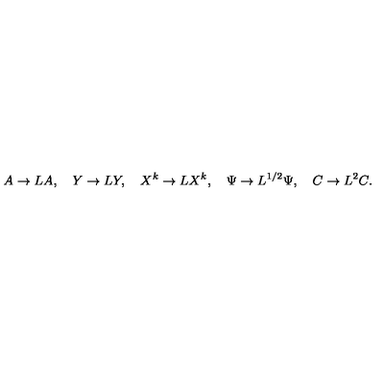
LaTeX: A \to L A , \quad Y \to L Y , \quad X ^ { k } \to L X ^ { k } , \quad \Psi \to L ^ { 1 / 2 } \Psi , \quad C \to L ^ { 2 } C .